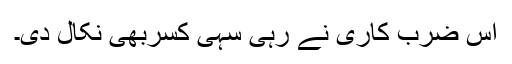
اس ضرب کاری نے رہی سہی کسربھی نکال دی۔